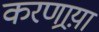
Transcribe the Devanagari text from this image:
करणार्‍य़ा